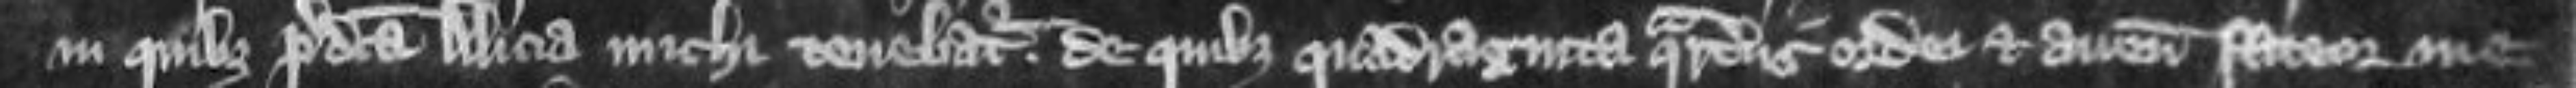
in quibus predicta Alicia michi tenebatur De quibus quadraginta quarteriis ordei et avene fateor me